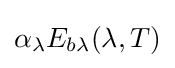
\alpha _{\lambda }E_{b\lambda }(\lambda ,T)